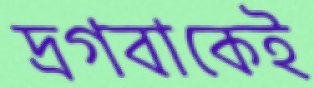
দ্রগবাকেই